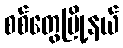
စစ်တွေမြို့နယ်